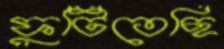
ফুটিতেছি